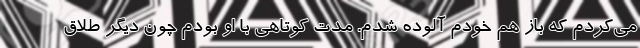
می‌کردم که باز هم خودم آلوده شدم. مدت کوتاهی با او بودم چون دیگر طلاق